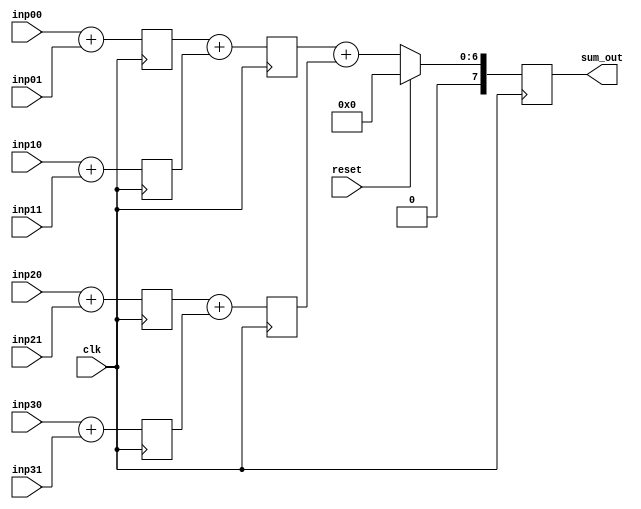
module adder_tree_3stage_4bit (clk,reset,inp00,inp01,inp10,inp11,inp20,inp21,inp30,inp31,sum_out); 

input clk; 
input reset; 
input [3:0] inp00; 
input [3:0] inp01;
input [3:0] inp10; 
input [3:0] inp11;
input [3:0] inp20; 
input [3:0] inp21;
input [3:0] inp30; 
input [3:0] inp31;
output reg [7:0] sum_out;

reg [4:0] S_0_0; 
reg [4:0] S_0_1;
reg [4:0] S_0_2;
reg [4:0] S_0_3;

always@(posedge clk) begin 

S_0_0 <= inp00 + inp01; 
S_0_1 <= inp10 + inp11;
S_0_2 <= inp20 + inp21;
S_0_3 <= inp30 + inp31;

end 

reg [5:0] S_1_0;
reg [5:0] S_1_1;

always@(posedge clk) begin 

S_1_0 <= S_0_0 + S_0_1; 
S_1_1 <= S_0_2 + S_0_3;

end 

always@(posedge clk) begin 

if (reset == 1'b1) begin 
  sum_out <= 8'd0; 
end
else begin 
  sum_out <= S_1_0 + S_1_1; 
end

end 

endmodule